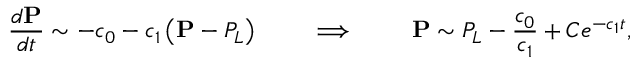
\frac { d \mathbf { P } } { d t } \sim - c _ { 0 } - c _ { 1 } \left( \mathbf { P } - P _ { L } \right) \qquad \implies \qquad \mathbf { P } \sim P _ { L } - \frac { c _ { 0 } } { c _ { 1 } } + C e ^ { - c _ { 1 } t } ,